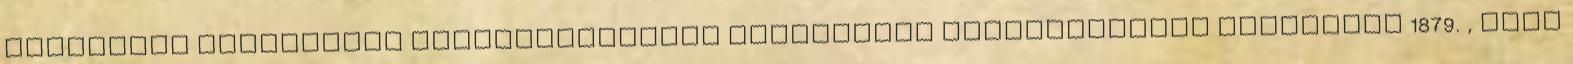
bizottság munkájának eredményeképpen miniszteri elõterjesztés született 1879. , mely